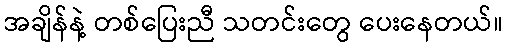
အချိန်နဲ့ တစ်ပြေးညီ သတင်းတွေ ပေးနေတယ်။